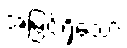
အမြင့်ရှိသော